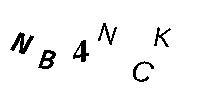
NB4NCK